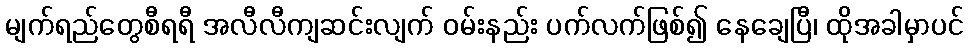
မျက်ရည်တွေစီရရီ အလီလီကျဆင်းလျက် ဝမ်းနည်း ပက်လက်ဖြစ်၍ နေချေပြီ၊ ထိုအခါမှာပင်